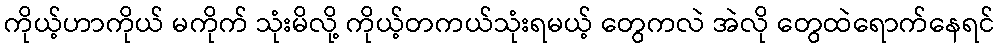
ကိုယ့်ဟာကိုယ် မကိုက် သုံးမိလို့ ကိုယ့်တကယ်သုံးရမယ့် တွေကလဲ အဲလို တွေထဲရောက်နေရင်